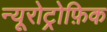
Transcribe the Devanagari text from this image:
न्यूरोट्रोफ़िक